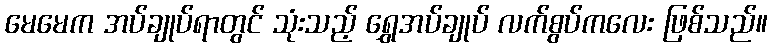
မေမေက အပ်ချုပ်ရာတွင် သုံးသည့် ရွှေအပ်ချုပ် လက်စွပ်ကလေး ဖြစ်သည်။